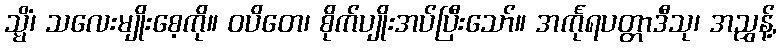
သ္မိံ၊ သလေးမျိုးစေ့ကို။ ဝပိတေ၊ စိုက်ပျိုးအပ်ပြီးသော်။ အင်္ကုရပတ္တာဒီသု၊ အညွှန့်,